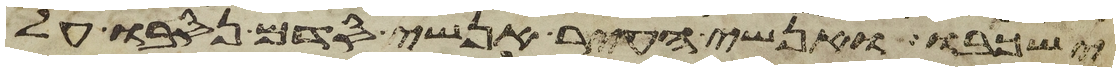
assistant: ישכבו אנשי העיר אנשי סדם נסבו על